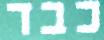
כבד